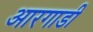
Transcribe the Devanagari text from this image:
आरगाडी